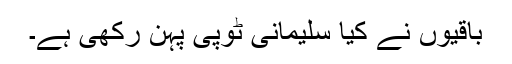
باقیوں نے کیا سلیمانی ٹوپی پہن رکھی ہے۔